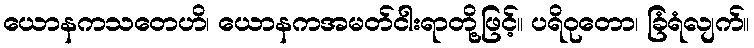
ယောနကသတေဟိ၊ ယောနကအမတ်ငါးရာတို့ဖြင့်။ ပရိဝုတော၊ ခြံရံလျက်။